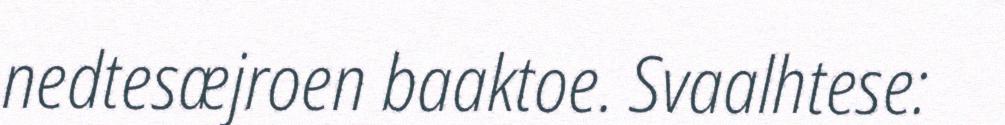
nedtesæjroen baaktoe. Svaalhtese: